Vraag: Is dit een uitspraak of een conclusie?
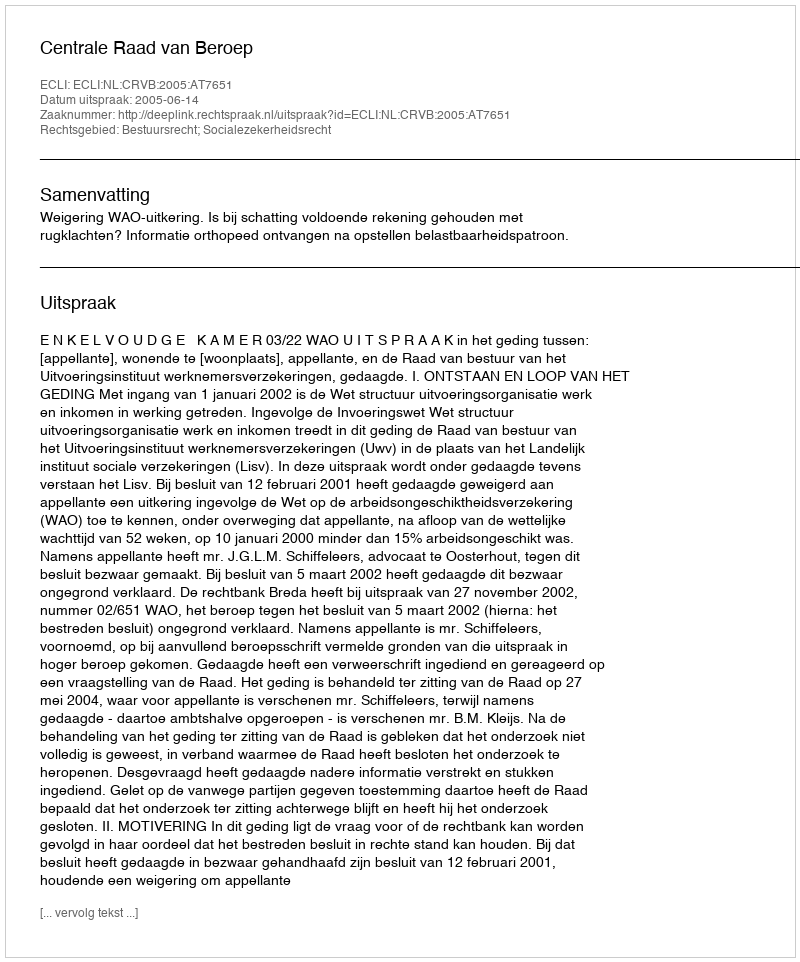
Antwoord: Uitspraak